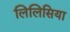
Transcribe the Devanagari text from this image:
लिलिसिया